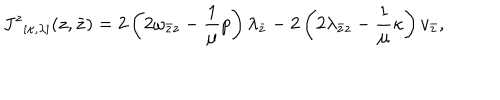
{ J ^ { z } } _ { [ \kappa , \lambda ] } ( z , \bar { z } ) = 2 \left( 2 \omega _ { \bar { z } z } - \frac { 1 } { \mu } p \right) \lambda _ { \bar { z } } - 2 \left( 2 \lambda _ { \bar { z } z } - \frac { 1 } { \mu } \kappa \right) v _ { \bar { z } } ,